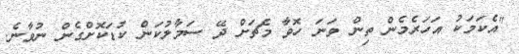
"އެކަމަކު އަހަރެމެން ތިން ވަނަ ހޮވާ މެޗަށް ދޭ ސަމާލުކަން ކުޑަކޮށްގެން ނުވާނެ.